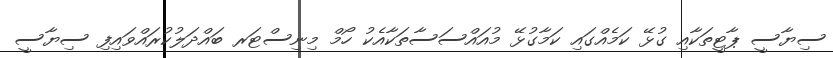
ސިޔާސީ ޕާޓީތަކާއި ގުޅޭ ކަމެއްގައި ކަމާގުޅޭ މުއައްސަސާތަކާއެކު ހޯމް މިނިސްޓަރ ބައްދަލުކުރައްވައިފި ސިޔާސީ